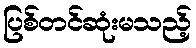
ပြစ်တင်ဆုံးမသည့်